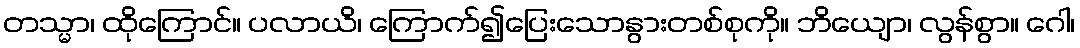
တသ္မာ၊ ထိုကြောင်။ ပလာယိ၊ ကြောက်၍ပြေးသောနွားတစ်စုကို။ ဘိယျော၊ လွန်စွာ။ ဂေါ၊